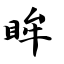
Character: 眸